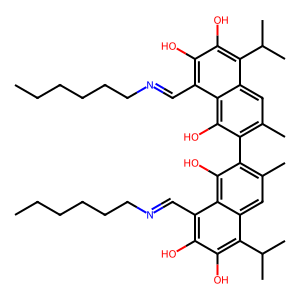
SMILES: CCCCCCN=Cc1c(O)c(O)c(C(C)C)c2cc(C)c(-c3c(C)cc4c(C(C)C)c(O)c(O)c(C=NCCCCCC)c4c3O)c(O)c12
Inhibits HIV replication: No